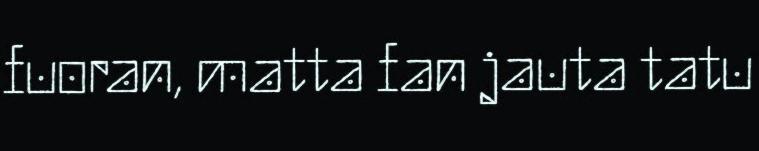
fuoran, matta fan jauta tatu